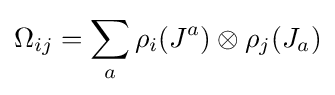
\Omega _{ij}=\sum _{a}\rho _{i}(J^{a})\otimes \rho _{j}(J_{a})